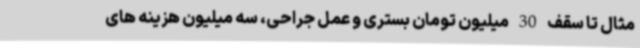
مثال تا سقف 30 میلیون تومان بستری و عمل جراحی، سه میلیون هزینه های